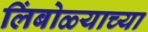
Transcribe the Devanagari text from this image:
लिंबोळ्याच्या